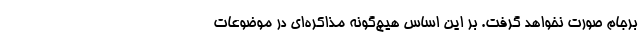
برجام صورت نخواهد گرفت. بر این اساس هیچ‌گونه مذاکره‌ای در موضوعات